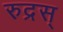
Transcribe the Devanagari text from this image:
रुद्रस्